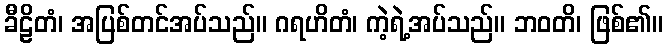
ခီဠိတံ၊ အပြစ်တင်အပ်သည်။ ဂရဟိတံ၊ ကဲ့ရဲ့အပ်သည်။ ဘဝတိ၊ ဖြစ်၏။